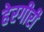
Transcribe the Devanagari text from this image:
हेरगीरी